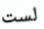
لست